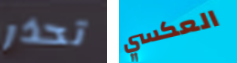
تحذر العكسي